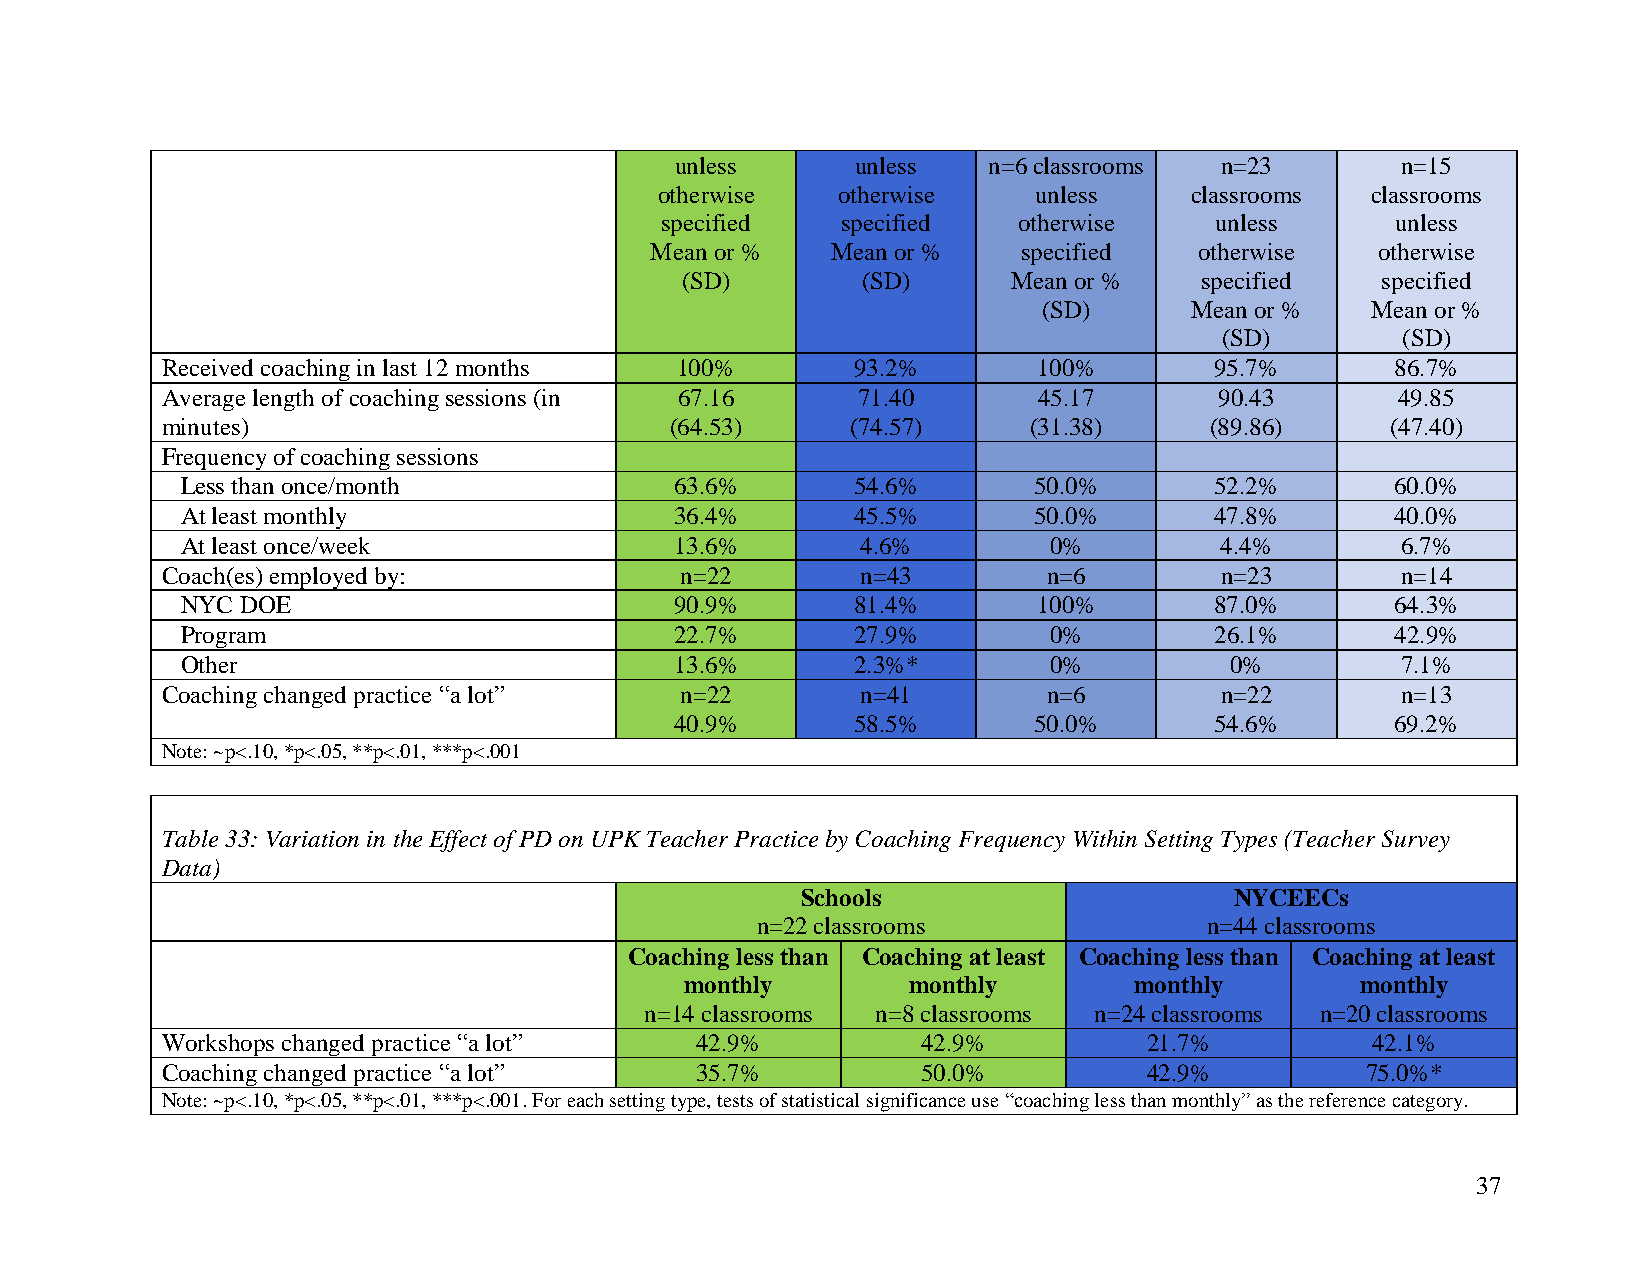
unless      unless  n=6 classrooms  n=23        n=15
 otherwise  otherwise    unless     classrooms  classrooms
 specified   specified  otherwise    unless      unless
 Mean or %   Mean or %    specified  otherwise   otherwise
 (SD)        (SD)      Mean or %   specified   specified
 (SD)      Mean or %   Mean or %
 (SD)        (SD)
 Received coaching in last 12 months 100%     93.2%        100%       95.7%       86.7%
 Average length of coaching sessions (in 67.16 71.40       45.17       90.43       49.85
 minutes)                         (64.53)     (74.57)     (31.38)     (89.86)     (47.40)
 Frequency of coaching sessions
 Less than once/month             63.6%      54.6%       50.0%       52.2%       60.0%
 At least monthly                 36.4%      45.5%       50.0%       47.8%       40.0%
 At least once/week               13.6%       4.6%        0%          4.4%        6.7%
 Coach(es) employed by:            n=22        n=43        n=6         n=23        n=14
 NYC DOE                          90.9%      81.4%        100%       87.0%       64.3%
 Program                          22.7%      27.9%        0%         26.1%       42.9%
 Other                            13.6%      2.3%*        0%          0%          7.1%
 Coaching changed practice “a lot” n=22        n=41        n=6         n=22        n=13
 40.9%      58.5%       50.0%       54.6%       69.2%
 Note: ~p<.10, *p<.05, **p<.01, ***p<.001
 Table 33: Variation in the Effect of PD on UPK Teacher Practice by Coaching Frequency Within Setting Types (Teacher Survey
 Data)
 Schools                      NYCEECs
 n=22 classrooms               n=44 classrooms
 Coaching less than Coaching at least Coaching less than Coaching at least
 monthly        monthly        monthly        monthly
 n=14 classrooms n=8 classrooms n=24 classrooms n=20 classrooms
 Workshops changed practice “a lot” 42.9%          42.9%          21.7%          42.1%
 Coaching changed practice “a lot”  35.7%          50.0%          42.9%         75.0%*
 Note: ~p<.10, *p<.05, **p<.01, ***p<.001. For each setting type, tests of statistical significance use “coaching less than monthly” as the reference category.
 37